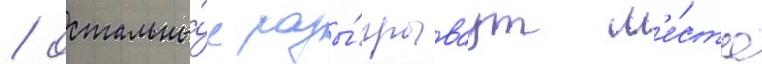
/ остальны́е разы́грываут м'е́ста